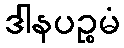
ဒါနပဉ္စမံ